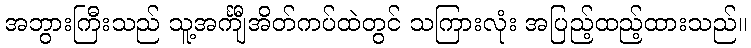
အဘွားကြီးသည် သူ့အင်္ကျီအိတ်ကပ်ထဲတွင် သကြားလုံး အပြည့်ထည့်ထားသည်။